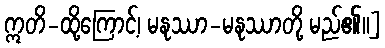
ဣတိ-ထို့ကြောင့်၊ မနုဿာ-မနုဿာတို့ မည်၏။]